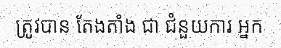
ត្រូវបាន តែងតាំង ជា ជំនួយការ អ្នក